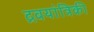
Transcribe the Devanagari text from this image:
द्रवयांत्रिकी